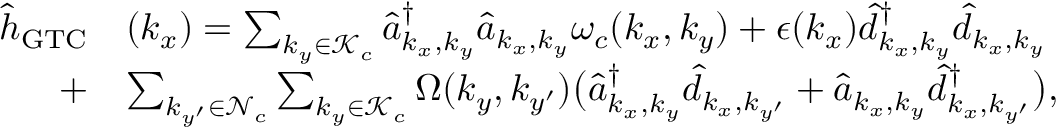
\begin{array} { r l } { { \hat { h } } _ { \mathrm { G T C } } } & { ( k _ { x } ) = \sum _ { { k _ { y } \in \mathcal { K } _ { c } } } \hat { a } _ { { k _ { x } , k _ { y } } } ^ { \dagger } \hat { a } _ { { k _ { x } , k _ { y } } } \omega _ { c } ( { k _ { x } , k _ { y } } ) + \epsilon ( k _ { x } ) \hat { d } _ { k _ { x } , k _ { y } } ^ { \dagger } \hat { d } _ { k _ { x } , k _ { y } } } \\ { + } & { \sum _ { k _ { y ^ { \prime } } \in { \mathcal { N } _ { c } } } \sum _ { k _ { y } \in { \mathcal { K } _ { c } } } \Omega ( { k _ { y } , k _ { y ^ { \prime } } } ) \big ( \hat { a } _ { k _ { x } , k _ { y } } ^ { \dagger } \hat { d } _ { k _ { x } , k _ { y ^ { \prime } } } + \hat { a } _ { { k _ { x } , k _ { y } } } \hat { d } _ { k _ { x } , k _ { y ^ { \prime } } } ^ { \dagger } \big ) , } \end{array}